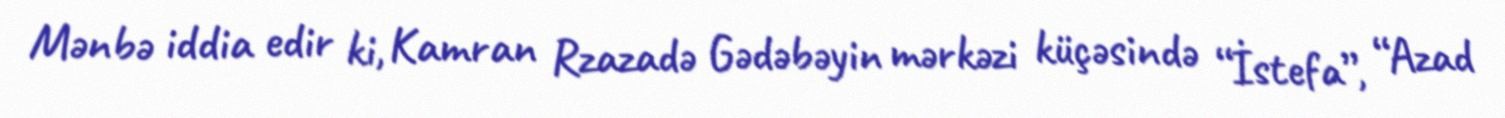
Mənbə iddia edir ki, Kamran Rzazadə Gədəbəyin mərkəzi küçəsində “İstefa”, “Azad